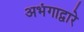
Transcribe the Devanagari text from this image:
अभंगाद्वारे